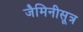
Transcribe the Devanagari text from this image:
जैमिनीसूत्र